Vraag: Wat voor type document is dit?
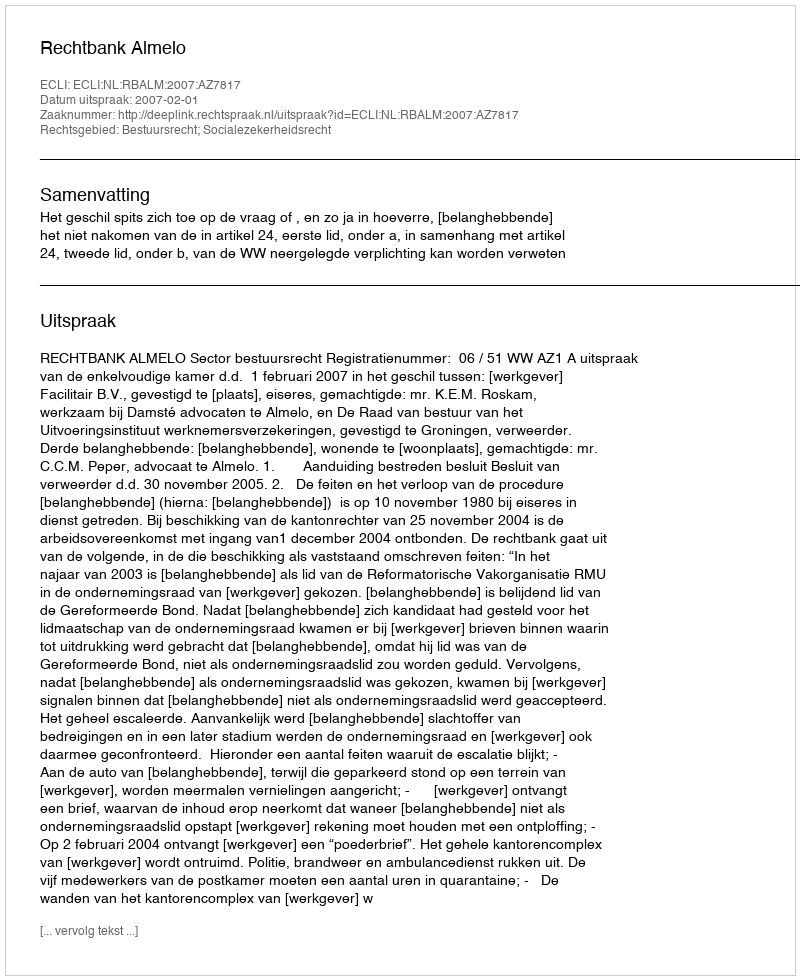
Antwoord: Uitspraak